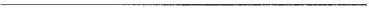
___